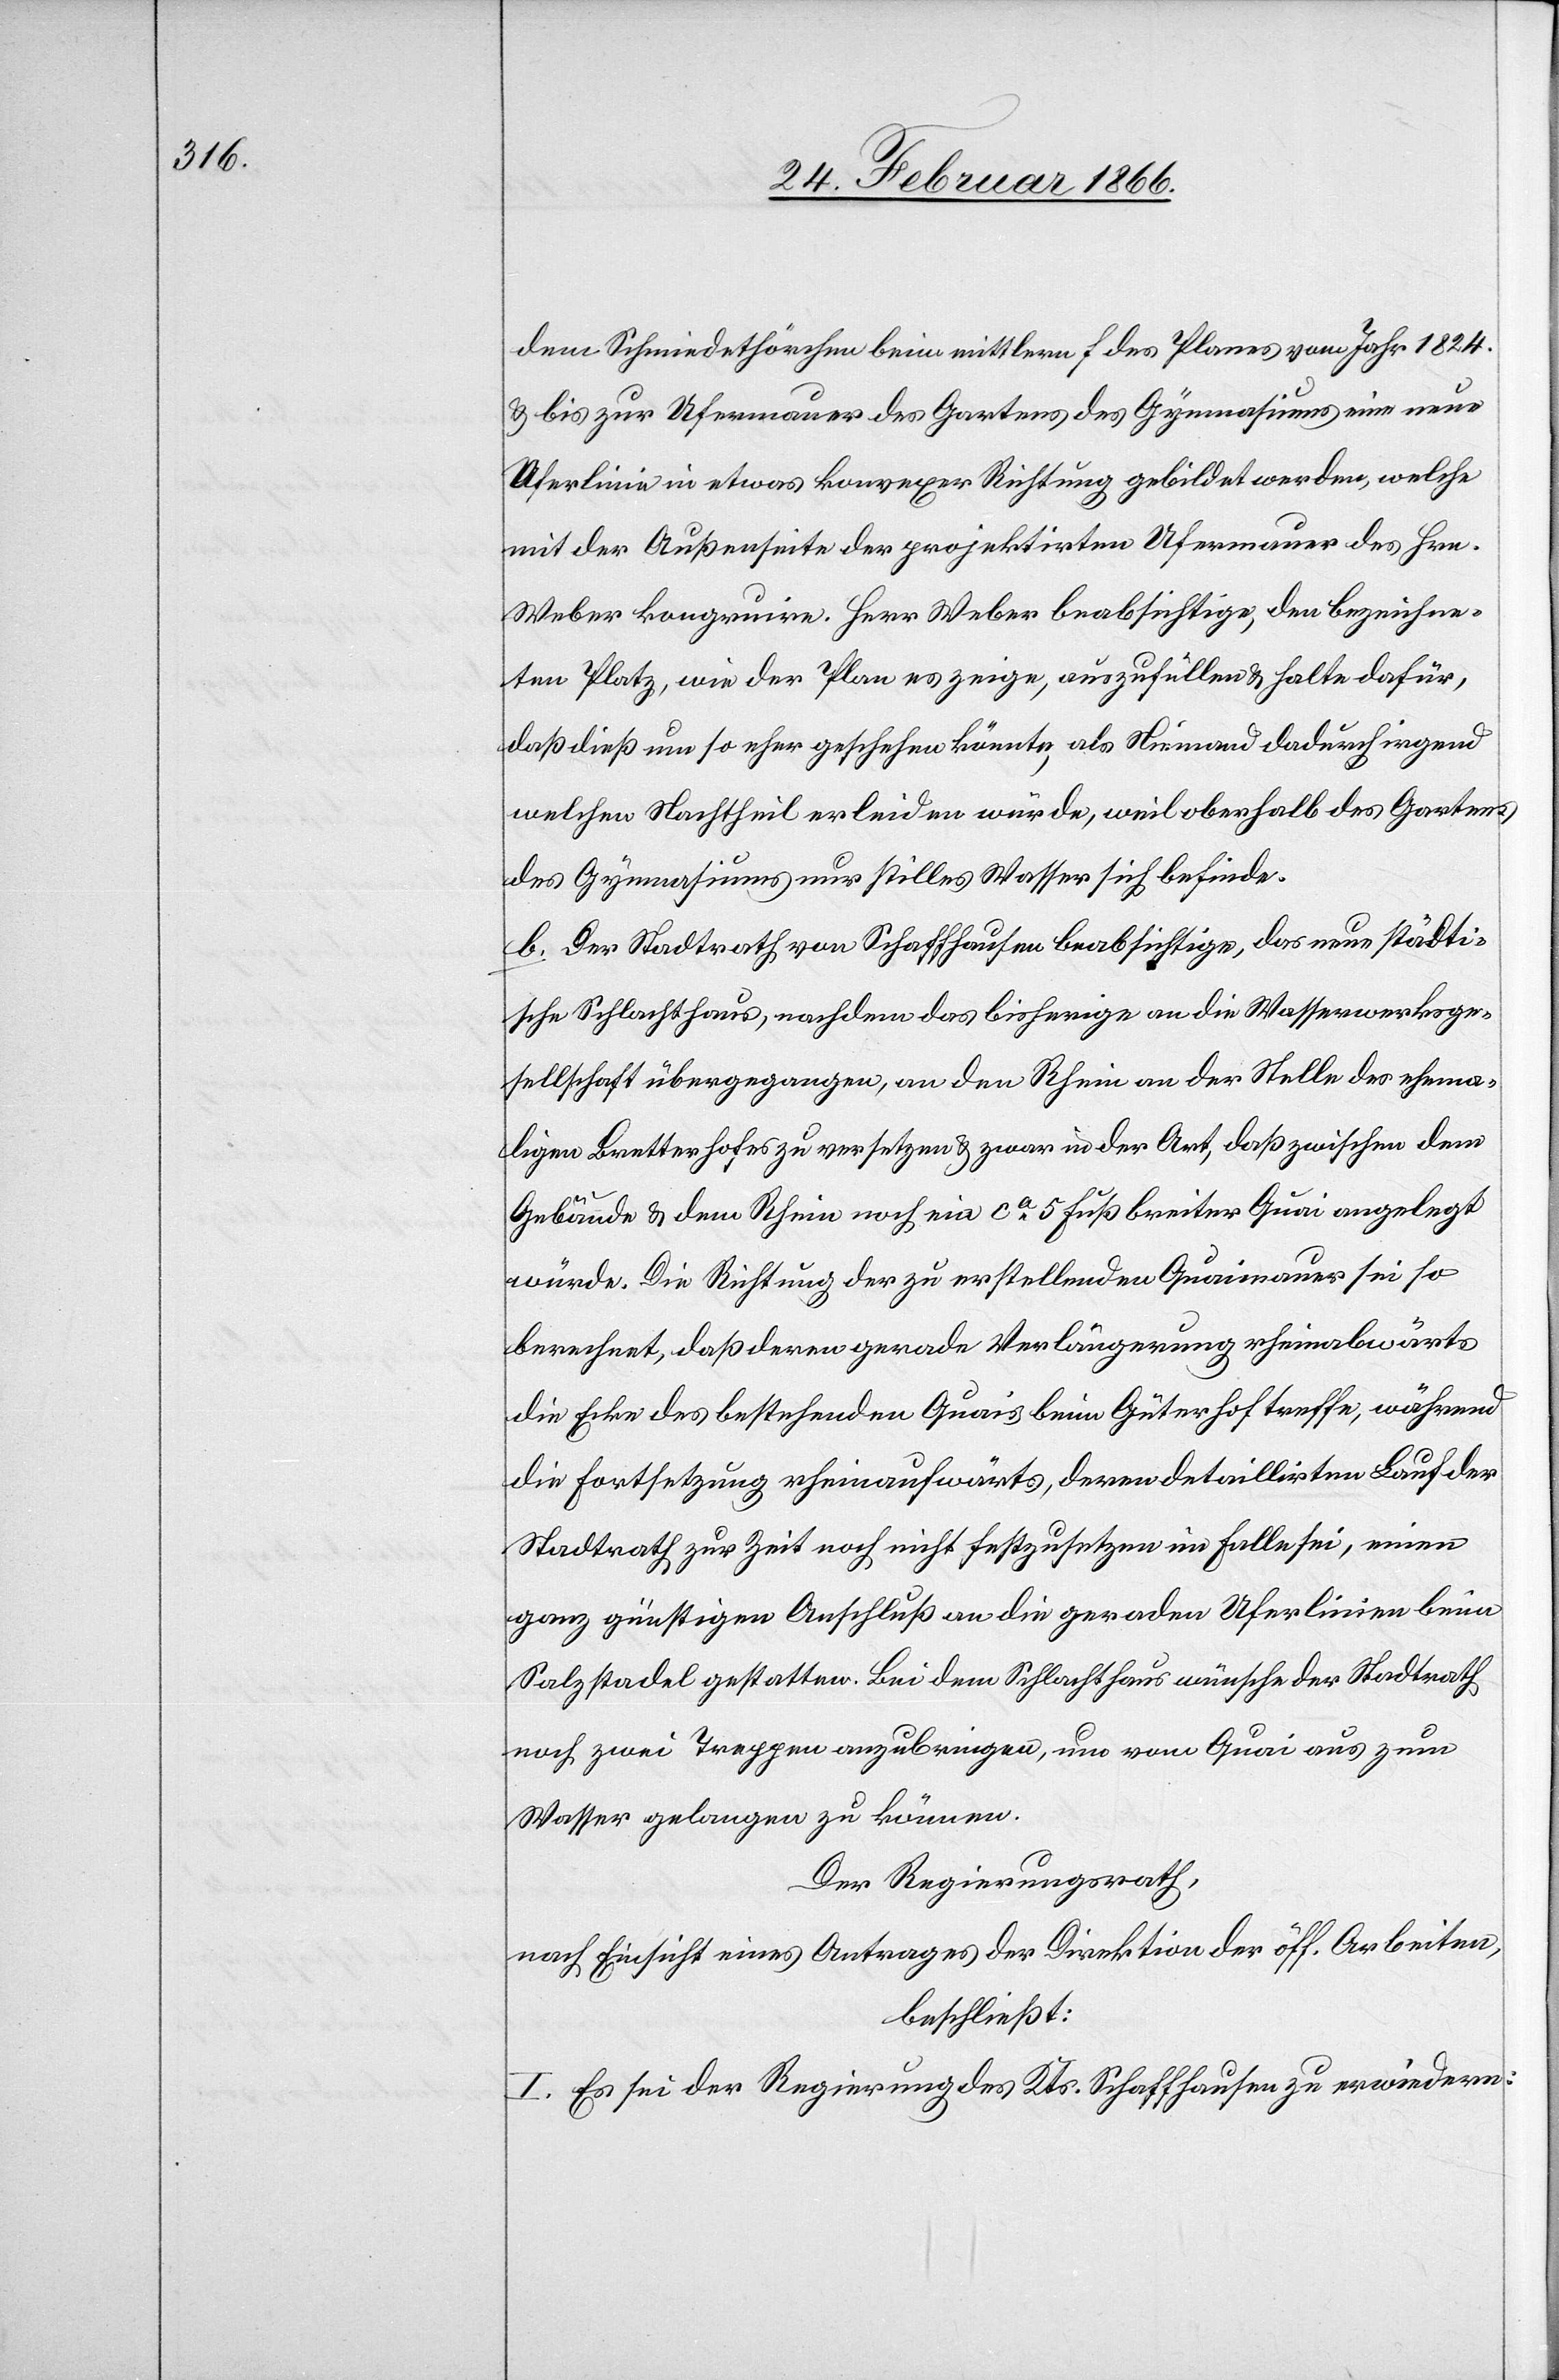
dem Schmiedethörchen beim mittlern f des Planes vom Jahr 1824.
u. bis zur Ufermauer des Gartens des Gymnasiums eine neue
Uferlinie in etwas konvexer Richtung gebildet werden, welche
mit der Außenseite der projektirten Ufermauer des Hrn.
Weber kongruire. Herr Weber beabsichtige, den bezeichne¬
ten Platz, wie der Plan es zeige, auszufüllen u. halte dafür,
daß dieß um so eher geschehen könnte, als Niemand dadurch irgend
welchen Nachtheil erleiden würde, weil oberhalb des Gartens
des Gymnasiums nur stilles Wasser sich befinde.
b. Der Stadtrath von Schaffhausen beabsichtige, das neue städti¬
sche Schlachthaus, nachdem das bisherige an die Wasserwerksge¬
sellschaft übergegangen, an den Rhein an der Stelle des ehema¬
ligen Bretterhofes zu versetzen u. zwar in der Art, daß zwischen dem
Gebäude u. dem Rhein noch ein ca. 5 Fuß breiter Quai angelegt
würde. Die Richtung der zu erstellenden Quaimauer sei so
berechnet, daß deren gerade Verlängerung rheinabwärts
die Ecke des bestehenden Quais beim Güterhof treffe, während
die Fortsetzung rheinaufwärts, deren detaillirten Lauf der
Stadtrath zur Zeit noch nicht festzusetzen im Falle sei, einen
ganz günstigen Anschluß an die geraden Uferlinien beim
Salzstadel gestatten. Bei dem Schlachthaus wünsche der Stadtrath
noch zwei Treppen anzubringen, um vom Quai aus zum
Wasser gelangen zu können.
Der Regierungsrath,
nach Einsicht eines Antrages der Direktion der öff. Arbeiten,
beschließt:
I. Es sei der Regierung des Kts. Schaffhausen zu erwiedern: